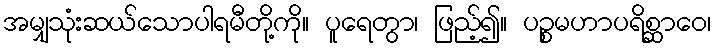
အမျှသုံးဆယ်သောပါရမီတို့ကို။ ပူရေတွာ၊ ဖြည့်၍။ ပဉ္စမဟာပရိစ္ဆာဝေ၊